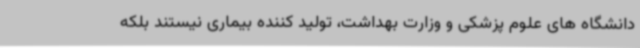
دانشگاه های علوم پزشکی و وزارت بهداشت، تولید کننده بیماری نیستند بلکه